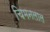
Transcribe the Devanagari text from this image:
चिमनलाल